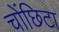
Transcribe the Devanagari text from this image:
चोंछिटा